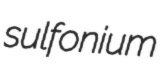
sulfonium